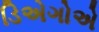
ડિએગોએ